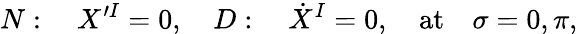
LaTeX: N:\quad X^{\prime I}=0,\quad D:\quad\dot{X}^{I}=0,\quad\mathrm{at}\quad\sigma=0,\pi,